Insane asylums in Bengal annual reports 1876-1887 - 1876-1887
Year: 1876
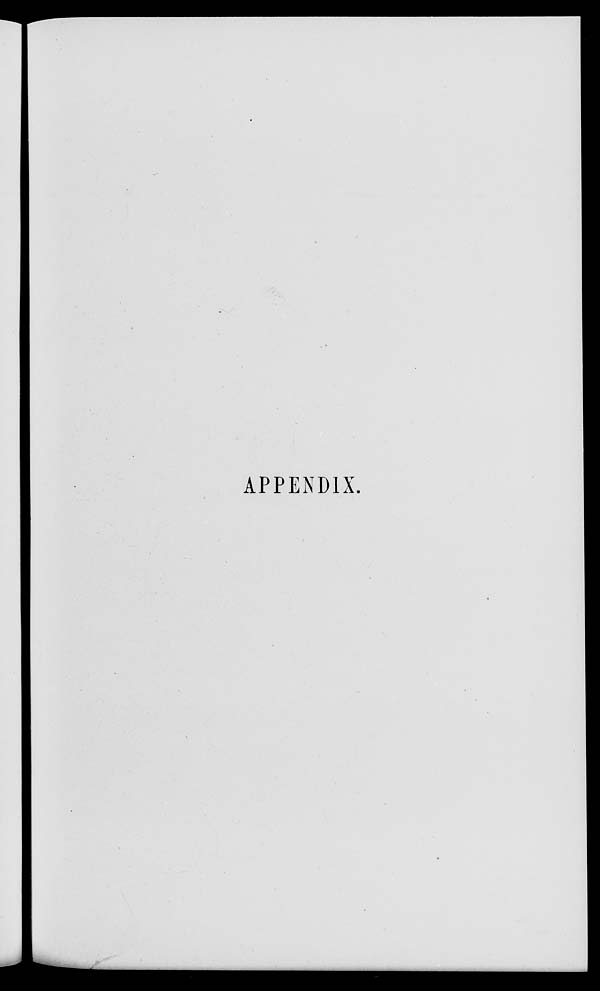
APPENDIX.